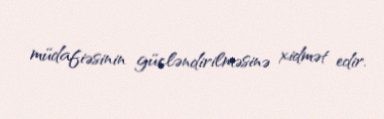
müdafiəsinin gücləndirilməsinə xidmət edir.